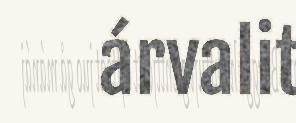
árvalit